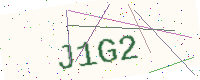
Text: J1G2